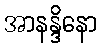
အာနန္ဒိနော